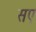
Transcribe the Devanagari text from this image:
सए